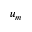
u _ { m }